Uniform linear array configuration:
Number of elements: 48
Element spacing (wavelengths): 1
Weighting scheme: cosine
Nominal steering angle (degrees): -45
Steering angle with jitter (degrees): -46.881
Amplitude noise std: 0.05
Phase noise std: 0.05

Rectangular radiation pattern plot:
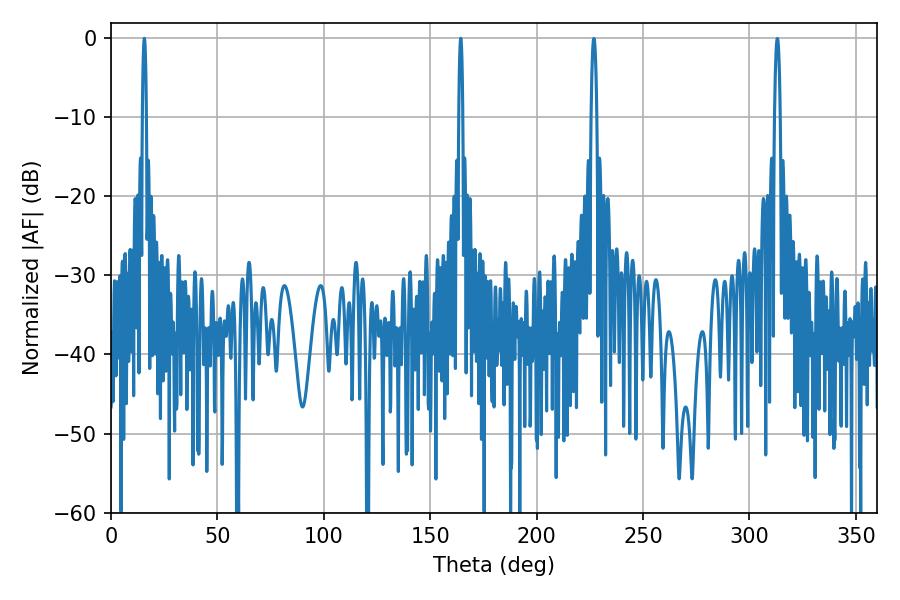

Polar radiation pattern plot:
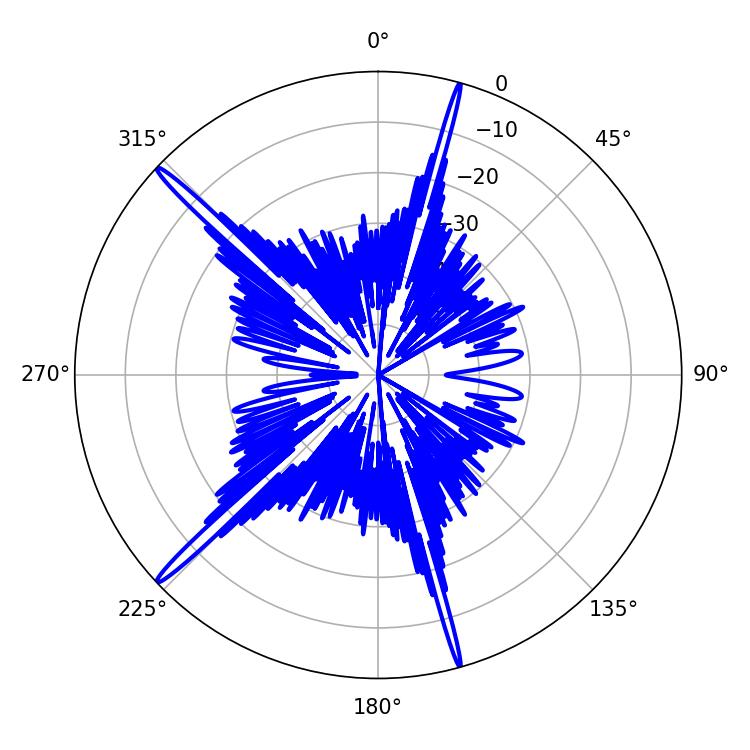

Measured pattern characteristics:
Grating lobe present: TRUE
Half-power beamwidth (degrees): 1.08
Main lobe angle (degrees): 15.66